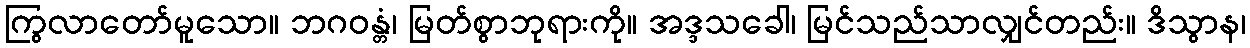
ကြွလာတော်မူသော။ ဘဂဝန္တံ၊ မြတ်စွာဘုရားကို။ အဒ္ဒသခေါ၊ မြင်သည်သာလျှင်တည်း။ ဒိသွာန၊